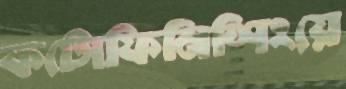
ফটোফিনিশিংয়ে